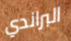
البراندي